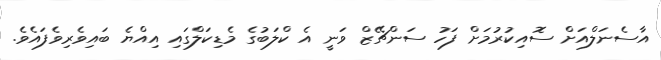
އާސެނަލްއަށް ސޮއިކުރުމަށް ފަހު ސަންޗޭޒް ވަނީ އެ ކްލަބުގެ މެޑިކަލްގައި އިއްޔެ ބައިވެރިވެފައެވެ.